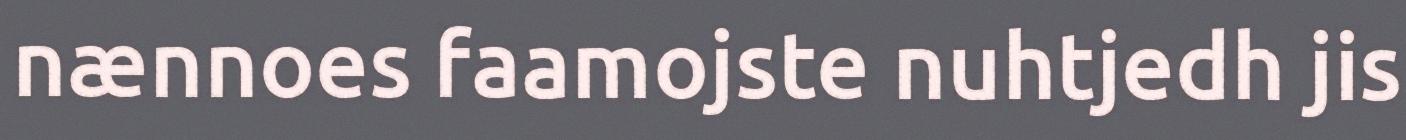
nænnoes faamojste nuhtjedh jis